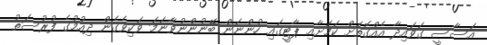
އަސާސީ ގަވައިދާ އެއްގޮތަށް ކަމަށާއި ޕާޓީގައި ހުންނަން ބޭނުންނުވާނަމަ ވަކިވެގެން ދިއުމުގެ ފުރުސަތު